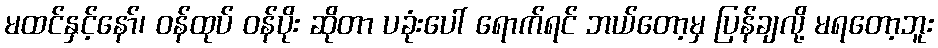
မထင်နှင့်နော်၊ ဝန်ထုပ် ဝန်ပိုး ဆိုတာ ပခုံးပေါ် ရောက်ရင် ဘယ်တော့မှ ပြန်ချလို့ မရတော့ဘူး